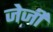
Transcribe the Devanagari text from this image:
जेर्जी